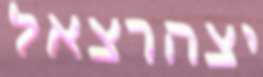
יצהרצאל